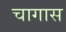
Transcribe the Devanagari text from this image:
चागास